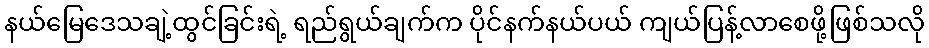
နယ်မြေဒေသချဲ့ထွင်ခြင်းရဲ့ ရည်ရွယ်ချက်က ပိုင်နက်နယ်ပယ် ကျယ်ပြန့်လာစေဖို့ဖြစ်သလို